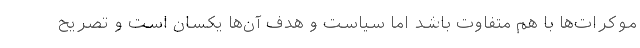
موکرات‌ها با هم متفاوت باشد اما سیاست و هدف آن‌ها یکسان است و تصریح